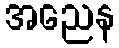
အညေန